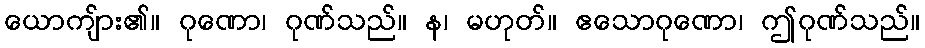
ယောကျ်ား၏။ ဂုဏော၊ ဂုဏ်သည်။ န၊ မဟုတ်။ ဧသောဂုဏော၊ ဤဂုဏ်သည်။